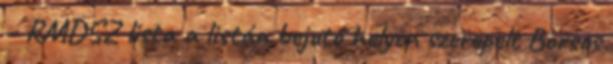
– RMDSZ lista a listán bejutó helyen szerepelt Borsos